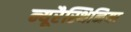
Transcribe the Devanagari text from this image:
न्यूरैस्थिनिया